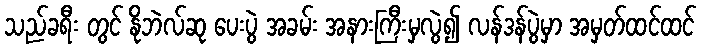
သည်ခရီး တွင် နိုဘဲလ်ဆု ပေးပွဲ အခမ်း အနားကြီးမှလွဲ၍ လန်ဒန်ပွဲမှာ အမှတ်ထင်ထင်